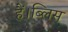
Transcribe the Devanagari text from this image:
हैं।ब्लिस